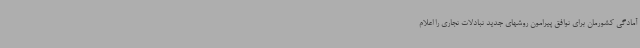
آمادگی کشورمان برای توافق پیرامون‌ روشهای جدید تبادلات تجاری را اعلام